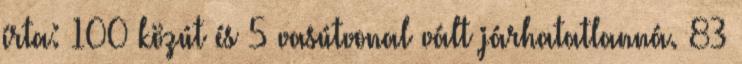
írta: 100 közút és 5 vasútvonal vált járhatatlanná. 83